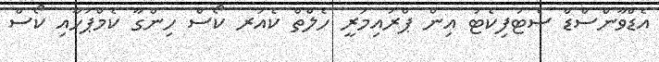
އެޑްވާންސްޑް ސެޓުފިކެޓު އިން ޕްރައިމަރީ ހެލްތް ކެއަރ ކޯސް ހިންގާ ކެމްޕަހާއި ކޯސް